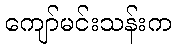
ကျော်မင်းသန်းက